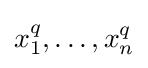
x_{1}^{q},\ldots ,x_{n}^{q}